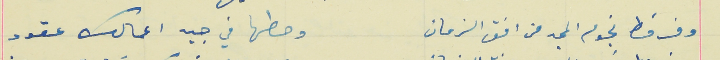
وفرفط نجوم المجد من افق الزمان                                وحطها في جيد اعمالك عقود